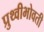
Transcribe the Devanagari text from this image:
प्रुथ्वीभोवती